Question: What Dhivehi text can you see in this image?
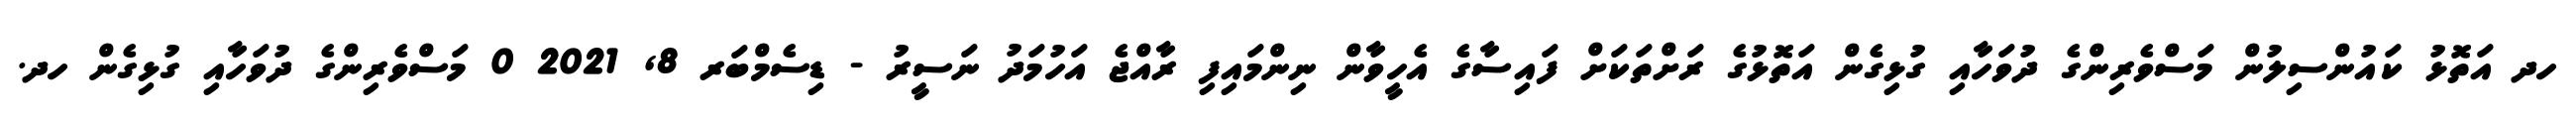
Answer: ހދ އަތޮޅު ކައުންސިލުން މަސްވެރިންގެ ދުވަހާއި ގުޅިގެން އަތޮޅުގެ ރަށްތަކަށް ފައިސާގެ އެހީވާން ނިންމައިފި ރާއްޖެ އަހުމަދު ނަސީރު - ޑިސެމްބަރ 8, 2021 0 މަސްވެރިންގެ ދުވަހާއި ގުޅިގެން ހދ.